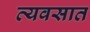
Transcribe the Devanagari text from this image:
व्यवसात